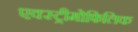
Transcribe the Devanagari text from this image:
एक्स्ट्रीमोफिलिक